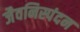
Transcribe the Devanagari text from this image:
जैवनिस्पंदन